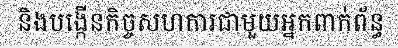
និងបង្កើនកិច្ចសហការជាមួយអ្នកពាក់ព័ន្ធ